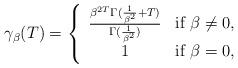
LaTeX: \begin{align*}\gamma_\beta(T)=\left\{\begin{array}{cl} \frac{\beta^{2T}\Gamma(\frac{1}{\beta^2}+T)}{\Gamma(\frac{1}{\beta^2})} & \textrm{if }\beta\neq 0, \\ 1 & \textrm{if }\beta=0, \end{array}\right. \\\end{align*}